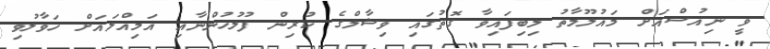
ވީ ނިއުސްއަށް މައުލޫމާތު ލިބިފައިވާ ގޮތުގައި ވިޝާލްގެ ކުރިން ފުލުހުންނާއި އަމިއްލައަށް ހަވާލުވި